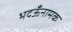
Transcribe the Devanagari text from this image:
भदऊँनामक